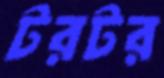
টরটর